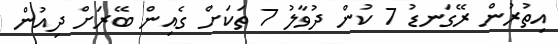
އިތުރުން ރޭގަނޑު 7 ކުން ދުވާާލު 7 ތަކަށް ގެއިން ބޭރަށް ދިއުން